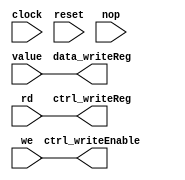
module write(

clock, reset,

//pc, 

nop,

value,

//opcode,


//num_reg is rd   


rd,//rs,rt,target, imm, shamt, aluop,

we,


ctrl_writeReg,

data_writeReg,

ctrl_writeEnable

);



input clock, reset;

//input [11:0] pc;

input nop;

input we;



//input r_type, i_type, ji_type, jii_type;

input [4:0] rd;//,rs,rt,target, imm, shamt, aluop, opcode;


input[31:0] value;





output[31:0] data_writeReg;

output ctrl_writeEnable;

output[4:0] ctrl_writeReg;




// 00000 alu_opration

// 00101 addi

// 01000 sw


//wire alu_opration,addi,sw;
//
//assign alu_opration = ~(opcode[4] | opcode[3] | opcode[2] | opcode[1] | opcode[0]);
//
//assign addi = (~opcode[4]) & (~opcode[3]) & opcode[2] & (~opcode[1]) & opcode[0];
//
//assign sw = (~opcode[4]) & opcode[3] & (~opcode[2]) & (~opcode[1]) & (~opcode[0]);


assign ctrl_writeEnable = we;//alu_opration | addi | sw;

assign data_writeReg = value;

assign ctrl_writeReg = rd;




endmodule